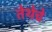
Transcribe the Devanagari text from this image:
तेथेचे